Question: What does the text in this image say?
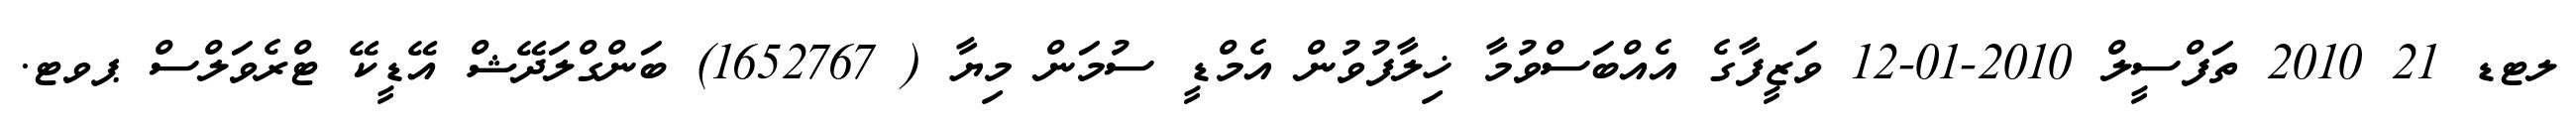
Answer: ލޓޑ 21 2010 ތަފްސީލް 2010-01-12 ވަޒީފާގެ އެއްބަސްވުމާ ޚިލާފުވުން އެމްޑީ ސުމަން މިޔާ ( 1652767) ބަންގްލަދޭޝް އޭޑީކޭ ޓްރެވަލްސް ޕވޓ.